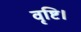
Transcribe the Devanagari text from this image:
वृष्टि।